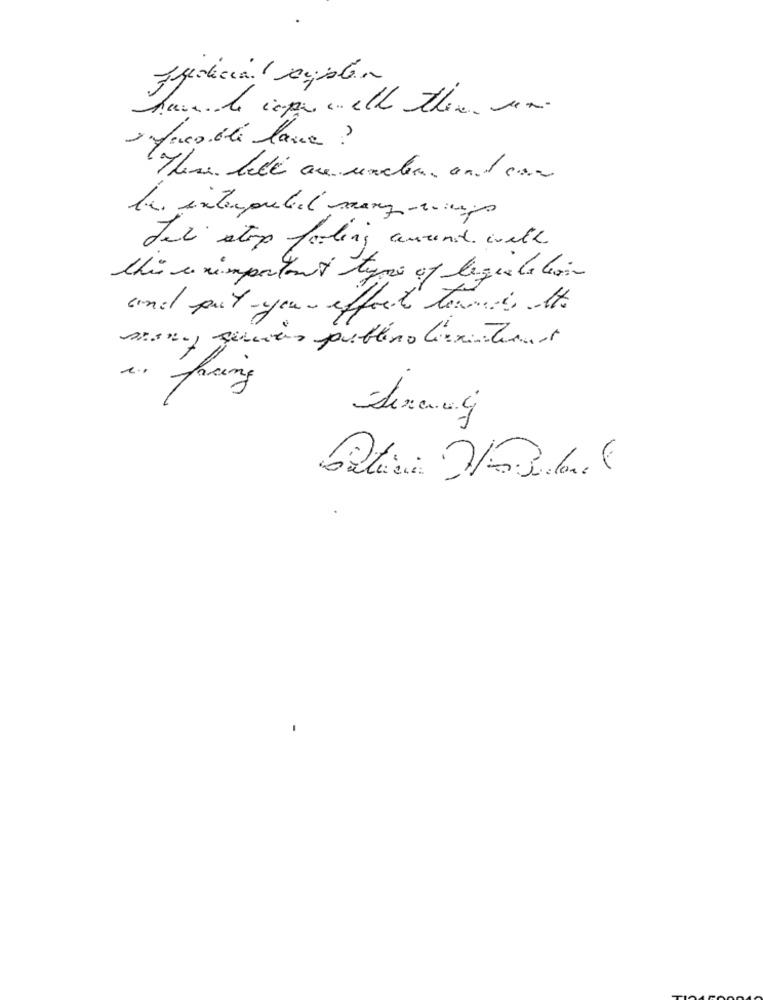
have de impar . ett there sem.
facoblé lane ?
These bile are under, and can
be interpreted many-ups
Jet stop fooling around with
this unimportant type of lequelation
cond put your effect tomed At.
mono generes publino liexisterar
...
fring